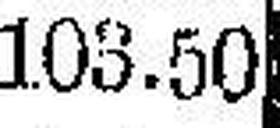
103.50